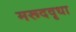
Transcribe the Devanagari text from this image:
मरूदवृधा